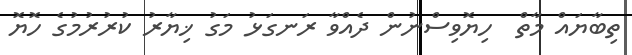
ތިބާޔައް މާތް  ހިޔޮވިސްނުން ދެއްވާ ރަނގަޅު މަގު ޚިޔާރު ކުރުރުމުގެ ހޮޔޮ